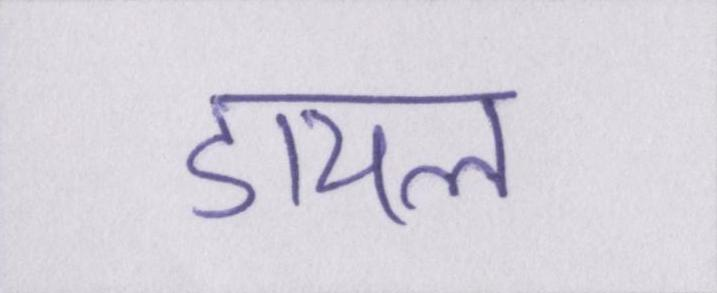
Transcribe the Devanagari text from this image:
डायल